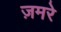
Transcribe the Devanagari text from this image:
ज़मरे